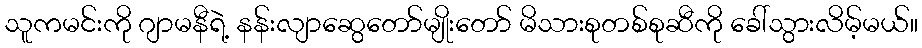
သူကမင်းကို ဂျာမနီရဲ့ နန်းလျာဆွေတော်မျိုးတော် မိသားစုတစ်စုဆီကို ခေါ်သွားလိမ့်မယ်။